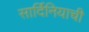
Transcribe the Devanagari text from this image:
सार्दिनियाची